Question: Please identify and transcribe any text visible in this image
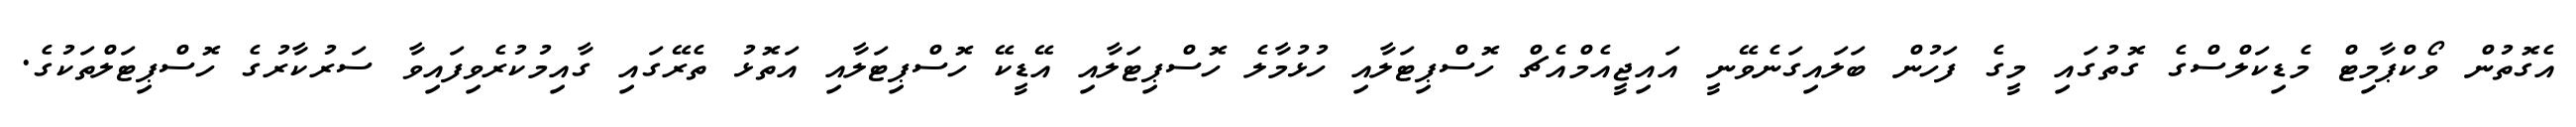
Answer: އެގޮތުން ވޯކްޕާމިޓް މެޑިކަލްސްގެ ގޮތުގައި މީގެ ފަހުން ބަލައިގަނެވޭނީ އައިޖީއެމްއެޗް ހޮސްޕިޓަލާއި ހުޅުމާލެ ހޮސްޕިޓަލާއި އޭޑީކޭ ހޮސްޕިޓަލާއި އަތޮޅު ތެރޭގައި ގާއިމުކުރެވިފައިވާ ސަރުކާރުގެ ހޮސްޕިޓަލްތަކުގެ.